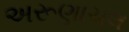
અરૂણાચલ